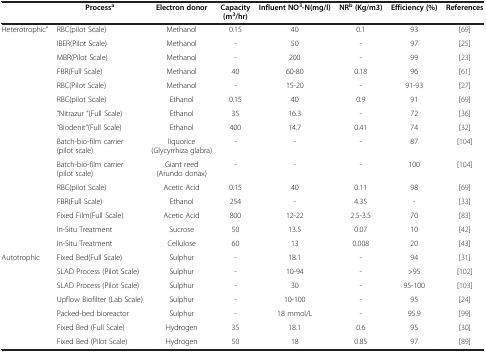
<table><thead><tr><td><b> </b></td><td><b>Process<sup>a</sup></b></td><td><b>Electron donor</b></td><td><b>Capacity (m<sup>3</sup>/hr)</b></td><td><b>Influent NO<sup>3</sup>-N(mg/l)</b></td><td><b>NR<sup>b </sup>(Kg/m3)</b></td><td><b>Efficiency (%)</b></td><td><b>References</b></td></tr></thead><tbody><tr><td>Heterotrophic”</td><td>RBC(pilot Scale)</td><td>Methanol</td><td>0.15</td><td>40</td><td>0.1</td><td>93</td><td>[69]</td></tr><tr><td> </td><td>IBER(Pilot Scale)</td><td>Methanol</td><td>-</td><td>50</td><td>-</td><td>97</td><td>[25]</td></tr><tr><td> </td><td>MBR(Pilot Scale)</td><td>Methanol</td><td>-</td><td>200</td><td>-</td><td>99</td><td>[23]</td></tr><tr><td> </td><td>FBR(Full Scale)</td><td>Methanol</td><td>40</td><td>60-80</td><td>0.18</td><td>96</td><td>[61]</td></tr><tr><td> </td><td>RBC(Pilot Scale)</td><td>Methanol</td><td>-</td><td>15-20</td><td>-</td><td>91-93</td><td>[27]</td></tr><tr><td> </td><td>RBC(pilot Scale)</td><td>Ethanol</td><td>0.15</td><td>40</td><td>0.9</td><td>91</td><td>[69]</td></tr><tr><td> </td><td>“Nitrazur “(Full Scale)</td><td>Ethanol</td><td>35</td><td>16.3</td><td>-</td><td>72</td><td>[36]</td></tr><tr><td> </td><td>“Biodenit”(Full Scale)</td><td>Ethanol</td><td>400</td><td>14.7</td><td>0.41</td><td>74</td><td>[32]</td></tr><tr><td> </td><td>Batch-bio-film carrier (pilot scale)</td><td>liquorice (Glycyrrhiza glabra)</td><td>-</td><td>-</td><td>-</td><td>87</td><td>[104]</td></tr><tr><td> </td><td>Batch-bio-film carrier (pilot scale)</td><td>Giant reed (Arundo donax)</td><td>-</td><td>-</td><td>-</td><td>100</td><td>[104]</td></tr><tr><td> </td><td>RBC(pilot Scale)</td><td>Acetic Acid</td><td>0.15</td><td>40</td><td>0.11</td><td>98</td><td>[69]</td></tr><tr><td> </td><td>FBR(Full Scale)</td><td>Ethanol</td><td>254</td><td>-</td><td>4.35</td><td>-</td><td>[33]</td></tr><tr><td> </td><td>Fixed Film(Full Scale)</td><td>Acetic Acid</td><td>800</td><td>12-22</td><td>2.5-3.5</td><td>70</td><td>[83]</td></tr><tr><td> </td><td>In-Situ Treatment</td><td>Sucrose</td><td>50</td><td>13.5</td><td>0.07</td><td>10</td><td>[42]</td></tr><tr><td> </td><td>In-Situ Treatment</td><td>Cellulose</td><td>60</td><td>13</td><td>0.008</td><td>20</td><td>[43]</td></tr><tr><td>Autotrophic</td><td>Fixed Bed(Full Scale)</td><td>Sulphur</td><td>-</td><td>18.1</td><td>-</td><td>94</td><td>[31]</td></tr><tr><td> </td><td>SLAD Process (Pilot Scale)</td><td>Sulphur</td><td>-</td><td>10-94</td><td>-</td><td>&gt;95</td><td>[102]</td></tr><tr><td> </td><td>SLAD Process (Pilot Scale)</td><td>Sulphur</td><td>-</td><td>30</td><td>-</td><td>95-100</td><td>[103]</td></tr><tr><td> </td><td>Upflow Biofilter (Lab Scale)</td><td>Sulphur</td><td>-</td><td>10-100</td><td>-</td><td>95</td><td>[24]</td></tr><tr><td> </td><td>Packed-bed bioreactor</td><td>Sulphur</td><td>-</td><td>18 mmol/L</td><td>-</td><td>95.9</td><td>[99]</td></tr><tr><td> </td><td>Fixed Bed (Full Scale)</td><td>Hydrogen</td><td>35</td><td>18.1</td><td>0.6</td><td>95</td><td>[30]</td></tr><tr><td> </td><td>Fixed Bed (Pilot Scale)</td><td>Hydrogen</td><td>50</td><td>18</td><td>0.85</td><td>97</td><td>[89]</td></tr></tbody></table>